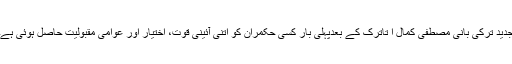
جدید ترکی بانی مصطفی کمال ا تاترک کے بعدپہلی بار کسی حکمران کو اتنی آئینی قوت، اختیار اور عوامی مقبولیت حاصل ہوئی ہے۔